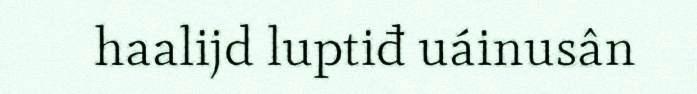
haalijd luptiđ uáinusân